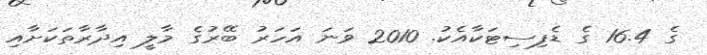
ގެ 16.4 ގެ ޑެފިސިޓަކާއެކު. 2010 ވަނަ އަހަރު ބޭރުގެ މާލީ އިދާރާތަކަށާއި